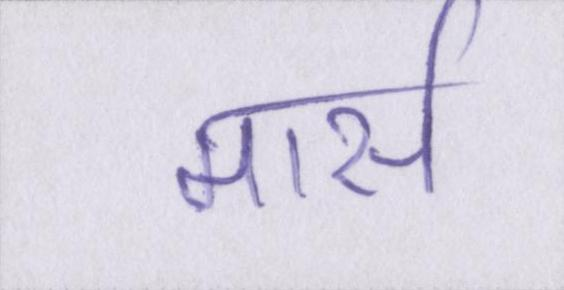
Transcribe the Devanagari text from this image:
मार्स